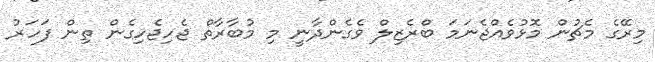
މިރޭގެ މެޗުން މޮޅުވެއްޖެނަމަ ބްރެޒިލް ވެގެންދާނީ މި މުބާރާތް ޖެހިޖެހިގެން ތިން ފަހަރު